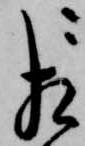
相